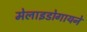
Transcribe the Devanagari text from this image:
मेलाइडोगायने